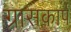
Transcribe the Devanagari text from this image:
ग्रासकार्प